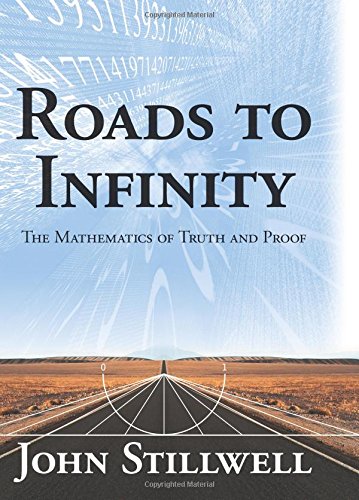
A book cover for Roads to Infinity: The Mathematics of Truth and Proof; John C. Stillwell; Science & Math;